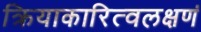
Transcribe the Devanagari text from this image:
क्रियाकारित्वलक्षणं